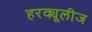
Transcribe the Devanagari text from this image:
हरक्यूलीज